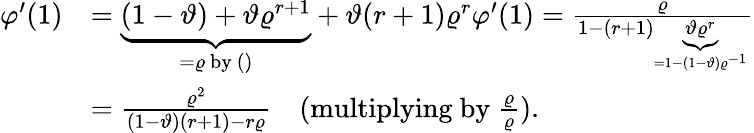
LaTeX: \begin{array}{rl}{\varphi^{\prime}(1)}&{=\underbrace{(1-\vartheta)+\vartheta\varrho^{r+1}}_{=\varrho\mathrm{~by~()}}+\vartheta(r+1)\varrho^{r}\varphi^{\prime}(1)=\frac{\varrho}{1-(r+1)\underbrace{\vartheta\varrho^{r}}_{=1-(1-\vartheta)\varrho^{-1}}}}\\ &{=\frac{\varrho^{2}}{(1-\vartheta)(r+1)-r\varrho}\quad(\mathrm{multiplying~by~}\frac{\varrho}{\varrho}).}\end{array}